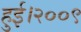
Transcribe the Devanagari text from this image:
हुई।२००९